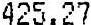
425.27